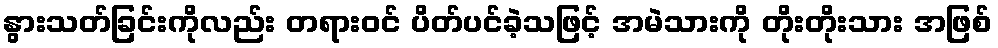
နွားသတ်ခြင်းကိုလည်း တရားဝင် ပိတ်ပင်ခဲ့သဖြင့် အမဲသားကို တိုးတိုးသား အဖြစ်